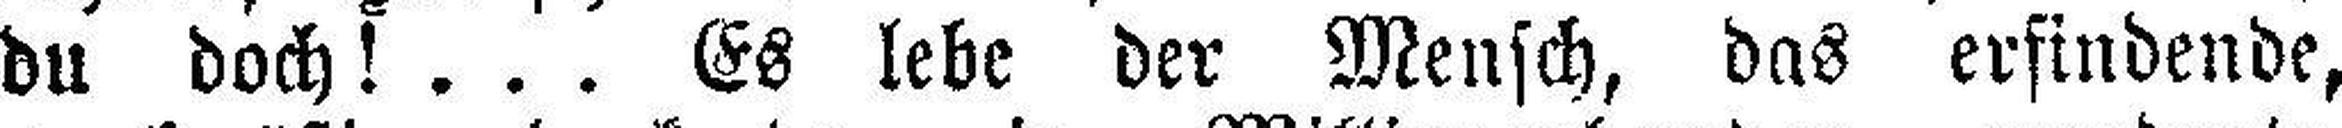
du doch! ... Es lebe der Mensch, das erfindende,